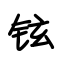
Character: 铉